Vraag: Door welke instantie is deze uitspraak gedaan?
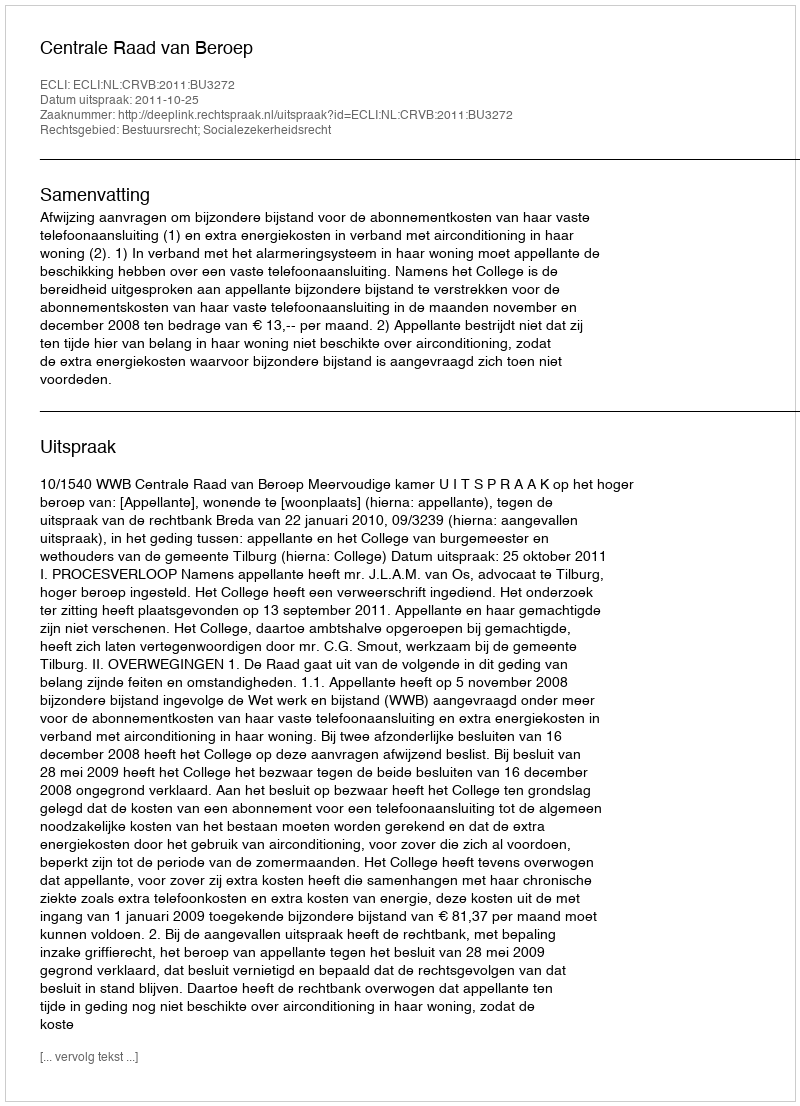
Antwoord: Centrale Raad van Beroep